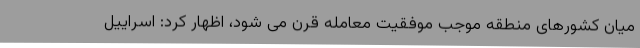
میان کشورهای منطقه موجب موفقیت معامله قرن می شود، اظهار کرد: اسراییل